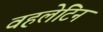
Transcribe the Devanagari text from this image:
वहलेटिन